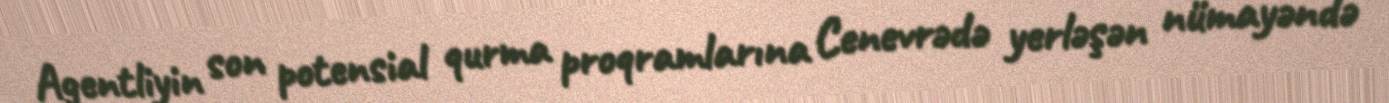
Agentliyin son potensial qurma proqramlarına Cenevrədə yerləşən nümayəndə